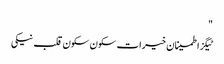
"
ٹیگزاطمینان خیرات سکون سکون قلب نیکی